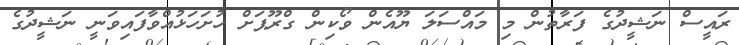
ރައީސް ނަޝީދުގެ ފަރާތުން މި މައްސަލަ ޔޫއެން ވޯކިން ގްރޫޕަށް ހުށަހަޅުއްވާފައިވަނީ ނަޝީދުގެ